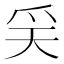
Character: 𤓻